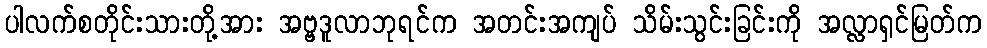
ပါလက်စတိုင်းသားတို့အား အဗ္ဗဒူလာဘုရင်က အတင်းအကျပ် သိမ်းသွင်းခြင်းကို အလ္လာရှင်မြတ်က